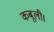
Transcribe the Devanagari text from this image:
कबूली।